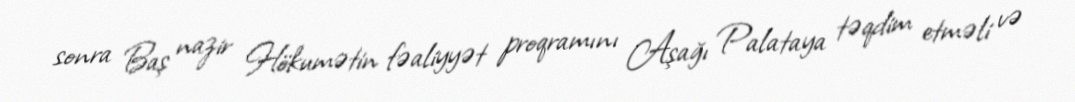
sonra Baş nazir Hökumətin fəaliyyət proqramını Aşağı Palataya təqdim etməli və